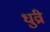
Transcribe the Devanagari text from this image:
धुव्री